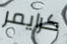
كرايمر